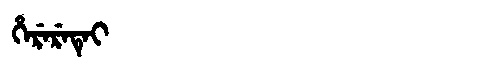
Manchu: ᡥᡝᡵᡝᡵᡝᡨᡝᡳ
Romanization: HERERETEI